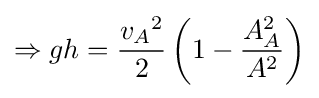
\Rightarrow gh={\frac {{v_{A}}^{2}}{2}}\left(1-{\frac {A_{A}^{2}}{A^{2}}}\right)